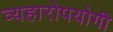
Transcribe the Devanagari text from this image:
व्यहारोपयोगी